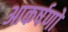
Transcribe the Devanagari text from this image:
आकर्षणो